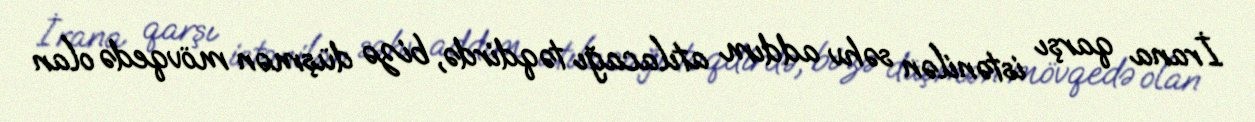
İrana qarşı istənilən səhv addım atılacağı təqdirdə, bizə düşmən mövqedə olan